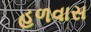
હળવાસ